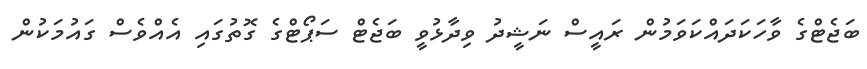
ބަޖެޓްގެ ވާހަކަދައްކަވަމުން ރައީސް ނަޝީދު ވިދާޅުވީ ބަޖެޓް ސަޕޯޓްގެ ގޮތުގައި އެއްވެސް ގައުމަކުން